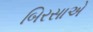
બિરસાએ